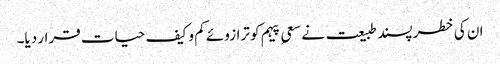
ان کی خطر پسند طبیعت نے سعیِ پیہم کو ترازوئے کم و کیف حیات قرار دیا۔